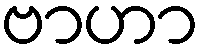
ဗာဟာ